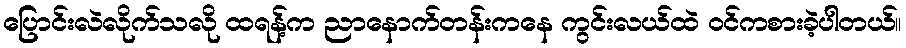
ပြောင်းလဲလိုက်သလို ထရန့်က ညာနောက်တန်းကနေ ကွင်းလယ်ထဲ ဝင်ကစားခဲ့ပါတယ်။